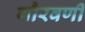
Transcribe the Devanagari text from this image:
गौरवर्णी